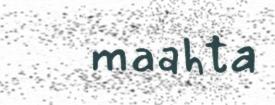
maahta